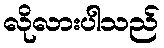
လိုလားပါသည်